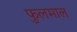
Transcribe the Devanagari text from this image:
फुलमाल